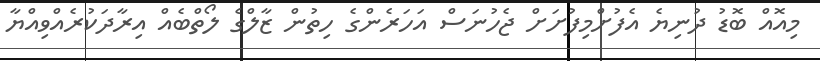
މިއޮއް ބޮޑު ދުނިޔެ އެފުށްމިފުށަށް ޖެހުނަސް އަހަރެންގެ ހިތުން ޒާލްގެ ލޯތްބެއް އިރާދަކުރެއްވިއްޔާ